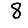
Digit: 8